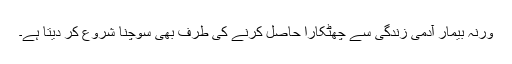
ورنہ بیمار آدمی زندگی سے چھٹکارا حاصل کرنے کی طرف بھی سوچنا شروع کر دیتا ہے۔